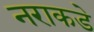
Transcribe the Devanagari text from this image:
नराकडे